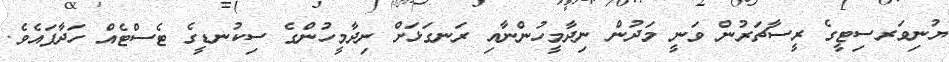
ޔުނިވަރސިޓީގެ ރީސާޗަރުން ވަނީ މަދުން ނިދާމީހުންނާއި ރަނގަޅަށް ނިދާމީހުންގެ ސިކުނޑީގެ ޓެސްޓެއް ހަދާފައެވެ.